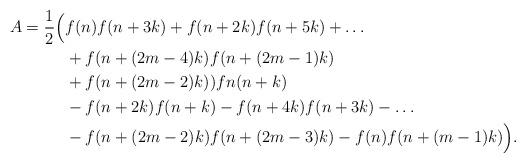
LaTeX: \begin{align*}A=\frac{1}{2}\Big(&f(n)f(n+3k)+f(n+2k)f(n+5k)+\dots \\ &+f(n+(2m-4)k)f(n+(2m-1)k)\\&+f(n+(2m-2)k))fn(n+k)\\&-f(n+2k)f(n+k)-f(n+4k)f(n+3k)-\dots \\&-f(n+(2m-2)k)f(n+(2m-3)k)-f(n)f(n+(m-1)k)\Big).\end{align*}